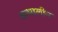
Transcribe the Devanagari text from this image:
तत्मालीन